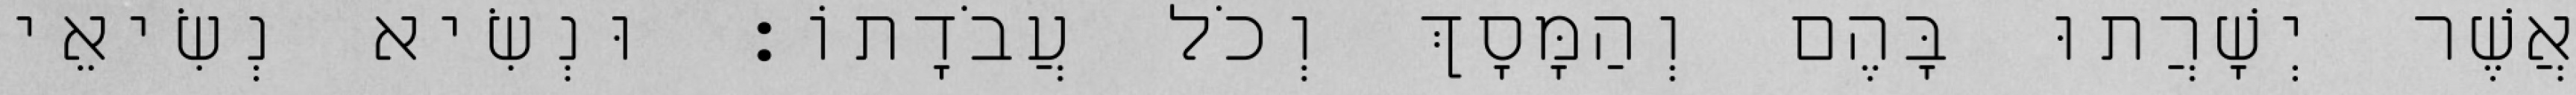
אֲשֶׁר יְשָׁרֲתוּ בָּהֶם וְהַמָּסָךְ וְכֹל עֲבֹדָתוֹ׃ וּנְשִׂיא נְשִׂיאֵי